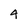
Character: 4